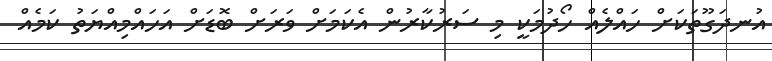
އުނދަގޫތަަކަށް ހައްލެއް ހޯދުމަކީ މި ސަރުކާރުން އެކަމަށް ވަރަށް ބޮޑަށް އަހައްމިއްޔަތު ކަމެއް